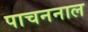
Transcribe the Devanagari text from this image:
पाचननाल